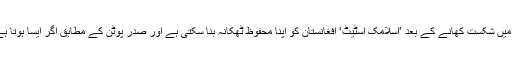
روس کو اس کا بھی اندیشہ ہے کہ شام اور عراق میں شکست کھانے کے بعد ’اسلامک اسٹیٹ‘ افغانستان کو اپنا محفوظ ٹھکانہ بنا سکتی ہے اور صدر پوٹن کے مطابق اگر ایسا ہوتا ہے تو یہ روس کے لیے ایک بڑا خطرہ ثابت ہو گا۔